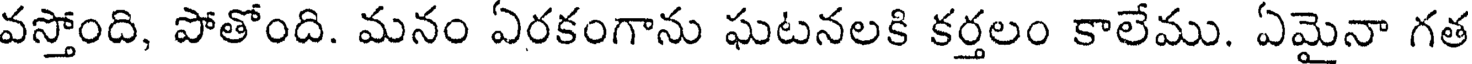
వస్తోంది, పోతోంది. మనం ఏరకంగాను ఘటనలకి కర్తలం కాలేము. ఏమైనా గత